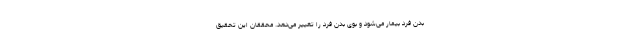
بدن فرد بیمار می‌شود و بوی بدن فرد را تغییر می‌دهد. محققان این تحقیق